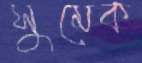
সুমেক